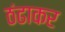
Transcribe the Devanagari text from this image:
ठंढाकर